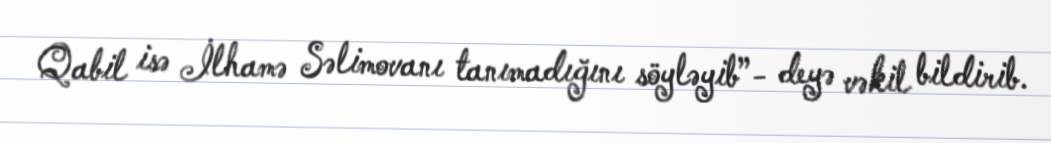
Qabil isə İlhamə Səlimovanı tanımadığını söyləyib”- deyə vəkil bildirib.